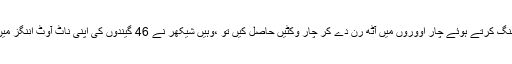
اس سے پہلے اشون نے شاندار بولنگ کرتے ہوئے چار اووروں میں آٹھ رن دے کر چار وکٹیں حاصل کیں تو ،وہیں شیکھر نے 46 گیندوں کی اپنی ناٹ آوٹ اننگز میں پانچ چوکے اور ایک چھکا لگایا۔